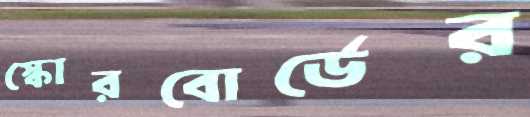
স্কোরবোর্ডের